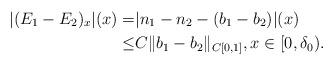
LaTeX: \begin{align*}|(E_1-E_2)_x|(x)=&|n_1-n_2-(b_1-b_2)|(x)\\\le&C\|b_1-b_2\|_{C[0,1]}, x\in[0,\delta_0).\end{align*}